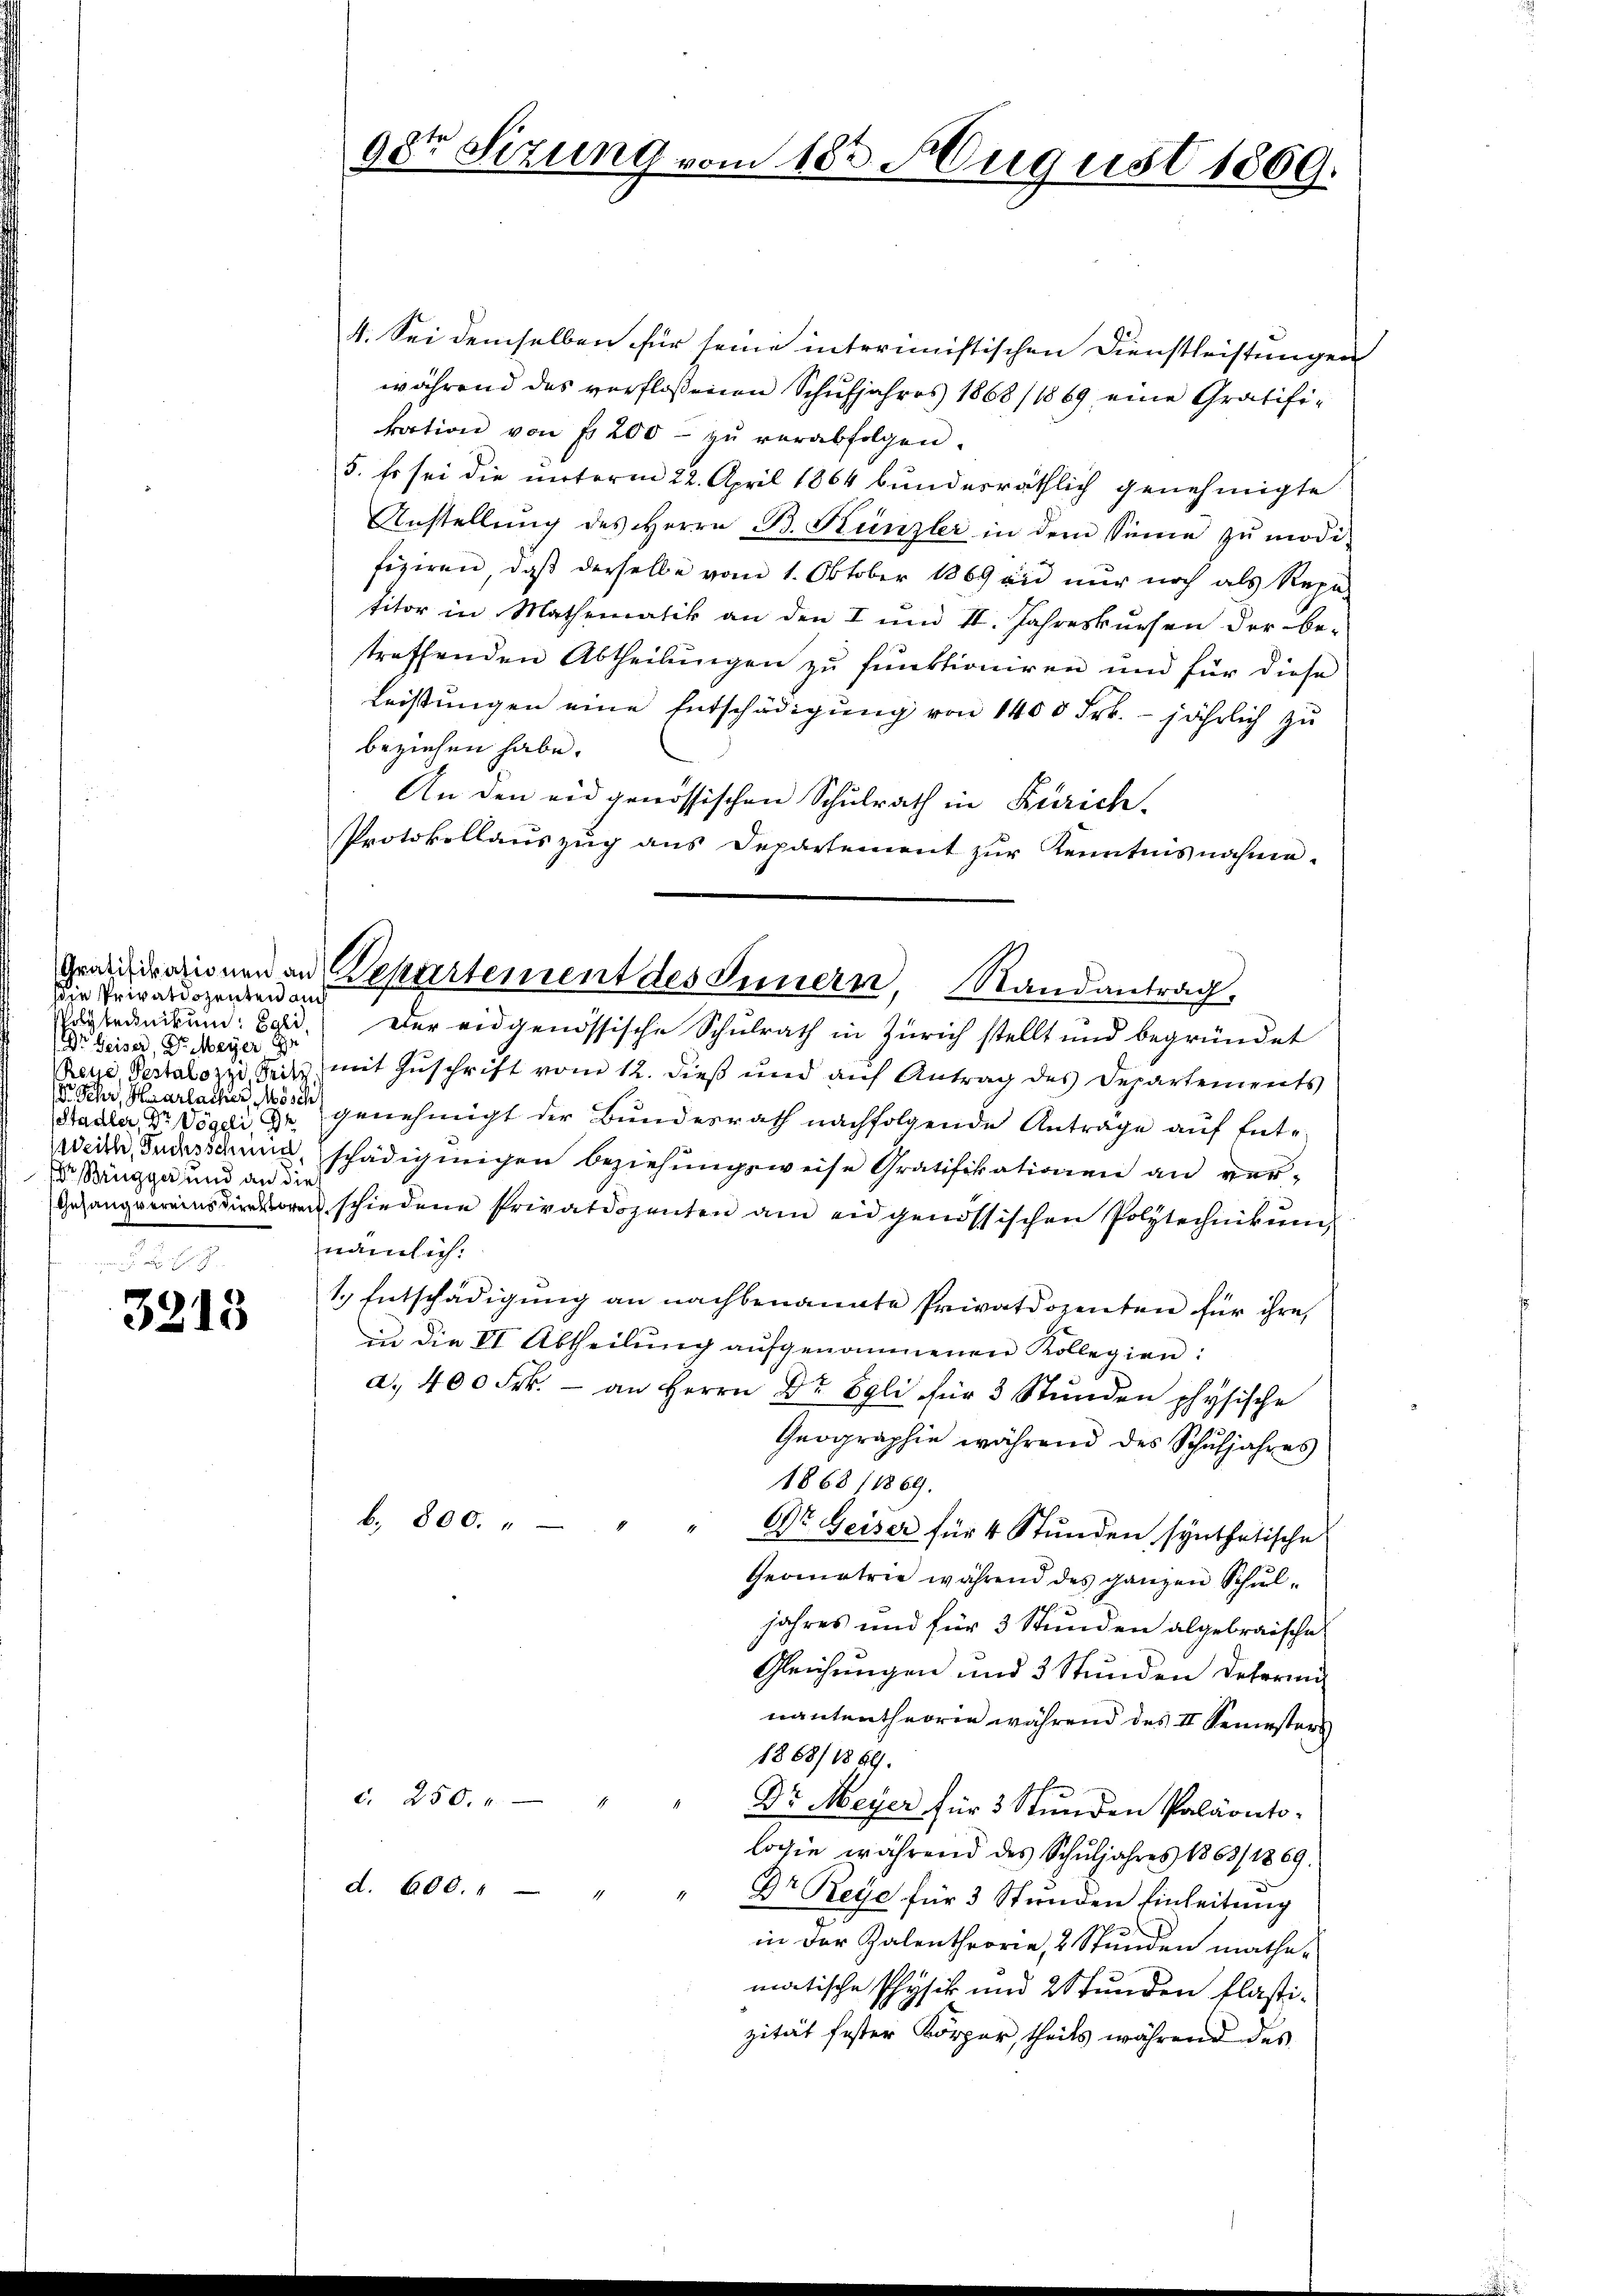
sie Privatdozenten auch
Polytednikum. Egli
Dr. Heiser, Dr. Meyer Gr
 Fehr, Harlacher Mösch
Stadler, Dr Vögeli,
Weith, Fuchsschneid
r Brugger und an dies

3213

98te Sizung vom 183. August 1869.

raianonen an Departement des Innern, Randantrag.

4. Sei demselben für seine interimistischen Dienstleistungen
während das verflossenen Schŭljahres 1868/1869 eine Gratifi-
kration von fr 200. zŭ verabfolgen.
5. Es sei die unterm 22. April 1864 bundesräthlich genehmigte
Anstellŭng des Herrn B. Künzler in dem Sinne zŭ modi-
fiziren, daβ derselbe vom 1. Oktober 1869 und nur noch als Repa-
titor in Mathematik an den I und II. Jahreskursen der be-
streffenden Abtheilungen zu funktioniren und für diese
Leistŭngen eine Entschädigung von 1400 Frk. jährlich zu
beziehen habe.
An den eidgenössischen Schulrath in Zürich-
Protokollauszug aus Departement zur Kenntnisnahme.
Der eidgenössische Schulrath in Zürich stellt und begründet
Reue, Pestalozzi Reitz mit Zuschrift vom 12. dieß und auf Antrag des Departements
genehmigt der Bundesrath nachfolgende Antrage auf Enteschädigungen beziehŭngsweise Gratifikationen an ver-
Gesangvereinsdinoren schiedene Privatdozenten am eidgenössischen Polytechnikum
nämlich.
1.) Entschädigung an nachbenannte Privatdozenten für ihre
in die VI Abtheilŭng aŭfgenommenen Kollegien:
a. 400 Frk. - an Herrn Dr Egli für 3 Stunden physische
Geographie während des Schuljahres
1868 11869.
b. 800.
Dr. Geiser für 4 Stunden synthetische
Geometrie während des ganzen Schuljahres und für 3 Stunden abgebraische
Gleichungen und 3 Stunden deferun
nantentheorie während des II Semesters
1868/1860.
d. 250. 1
Dr Meyer für 3 Stunden Paläonto-
logie während des Schŭljahres 1863/1869.
d. 600. 4 - "
Dr Rege für 3 Stunden Einleitung
in der Kalentheorie, 2 Stunden mathematische Physik und 2 Stunden flastizität fester Körper, theils während des